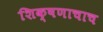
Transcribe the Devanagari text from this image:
शिक्षणाचाच